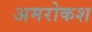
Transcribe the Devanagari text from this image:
अमरोकश